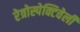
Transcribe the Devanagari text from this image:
रेत्रोस्पेक्टिवेली